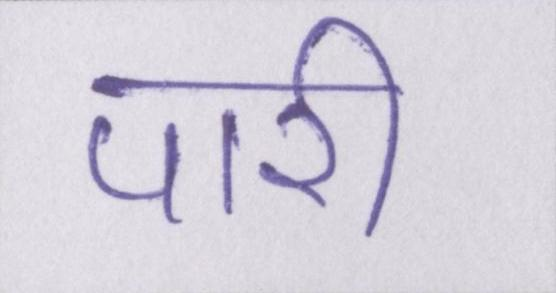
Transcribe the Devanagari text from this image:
पारी